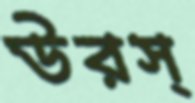
উরস্